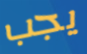
يجب